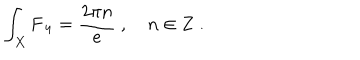
LaTeX: \int _ { X } \mathbf { F _ { 4 } } = \frac { 2 \pi n } { e } \ , \quad n \in { \bf Z } \ .